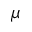
\mu